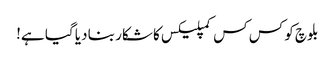
بلوچ کو کس کس کمپلیکس کا شکار بنا دیا گیا ہے!